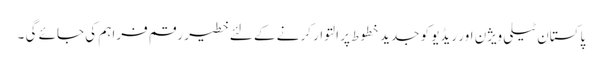
پاکستان ٹیلی ویژن اور ریڈیو کو جدید خطوط پر التوار کرنے کے لئے خطیر رقم فراہم کی جائے گی ۔